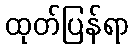
ထုတ်ပြန်ရာ